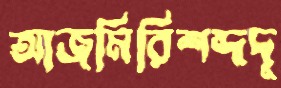
আজমিরিশব্দদূ